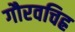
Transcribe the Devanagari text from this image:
गौरवचिह्र